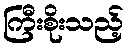
ကြီးစိုးသည့်